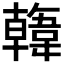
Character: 𩏑